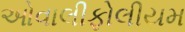
ઓવાલીફોલીયમ